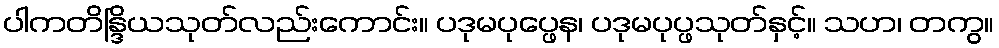
ပါကတိန္ဒြိယသုတ်လည်းကောင်း။ ပဒုမပုပ္ဖေန၊ ပဒုမပုပ္ဖသုတ်နှင့်။ သဟ၊ တကွ။